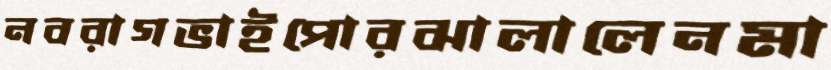
নবরাগভাইপোরঝালালেনমা